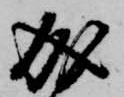
成